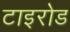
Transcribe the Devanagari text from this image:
टाइरोड